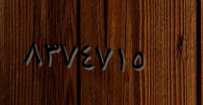
٨٣٧٤٧١٥